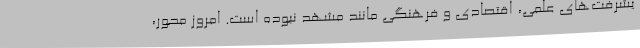
یشرفت‌های علمی، اقتصادی و فرهنگی مانند مشهد نبوده است. امروز محور،